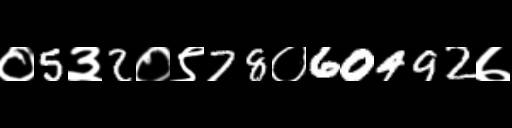
Text: ०5३2०९78०60492७